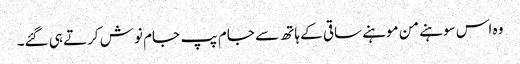
وہ اس سوہنے من موہنے ساقی کے ہاتھ سے جام پپ جام نوش کرتے ہی گئے۔